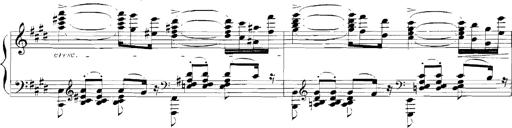
Title: Rhapsodies hongroises
Composer: Franz Liszt